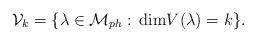
LaTeX: \begin{align*}{\cal V}_k=\{\lambda\in {\cal M}_{ph}: \,{\rm dim}V(\lambda)=k\}.\end{align*}